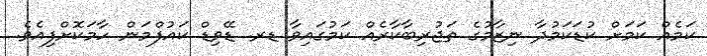
ކަމެއް ކަމަށް ކުޑަކަމުދާ ނިޒާމުގެ ތަޖުރިބާކާރެއް ކަމުގައިވާ ޑރ. ޑޭވިޑް ކައުފްމަން ހާމަކޮށްފިއެވެ.